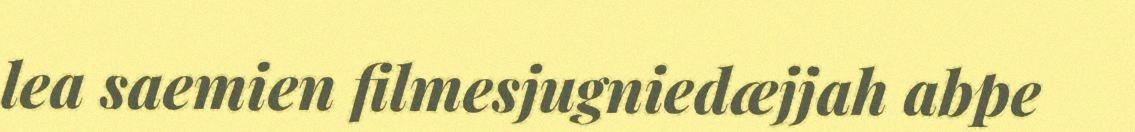
lea saemien filmesjugniedæjjah abpe